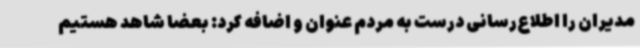
مدیران را اطلاع‌رسانی درست به مردم عنوان و اضافه کرد: بعضاً شاهد هستیم